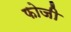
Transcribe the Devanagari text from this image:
फोजी